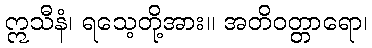
ဣသီနံ၊ ရသေ့တို့အား။ အတိဝတ္တာရော၊